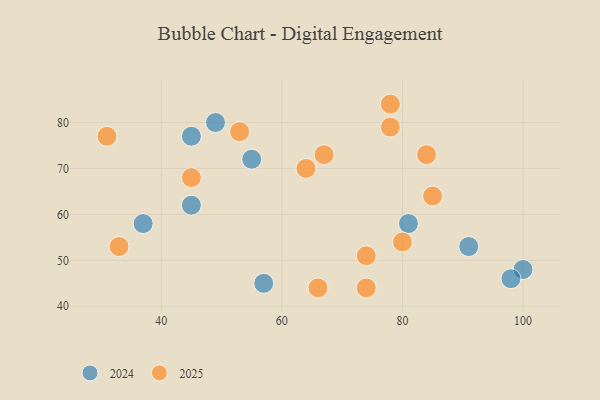
{"axis": {"x": "GDP", "y": "Life Expectancy"}, "legend": ["2024", "2025"], "data": [{"x": "100", "y": 48, "type": "2024"}, {"x": "55", "y": 72, "type": "2024"}, {"x": "57", "y": 45, "type": "2024"}, {"x": "45", "y": 62, "type": "2024"}, {"x": "37", "y": 58, "type": "2024"}, {"x": "49", "y": 80, "type": "2024"}, {"x": "91", "y": 53, "type": "2024"}, {"x": "45", "y": 77, "type": "2024"}, {"x": "98", "y": 46, "type": "2024"}, {"x": "81", "y": 58, "type": "2024"}, {"x": "64", "y": 70, "type": "2025"}, {"x": "53", "y": 78, "type": "2025"}, {"x": "45", "y": 68, "type": "2025"}, {"x": "31", "y": 77, "type": "2025"}, {"x": "84", "y": 73, "type": "2025"}, {"x": "78", "y": 84, "type": "2025"}, {"x": "67", "y": 73, "type": "2025"}, {"x": "66", "y": 44, "type": "2025"}, {"x": "74", "y": 44, "type": "2025"}, {"x": "78", "y": 79, "type": "2025"}, {"x": "85", "y": 64, "type": "2025"}, {"x": "33", "y": 53, "type": "2025"}, {"x": "80", "y": 54, "type": "2025"}, {"x": "74", "y": 51, "type": "2025"}]}